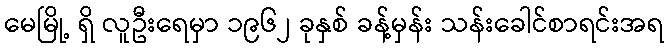
မေမြို့ ရှိ လူဦးရေမှာ ၁၉၆၂ ခုနှစ် ခန့်မှန်း သန်းခေါင်စာရင်းအရ